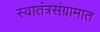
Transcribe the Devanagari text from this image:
स्वातंत्रसंग्रामात